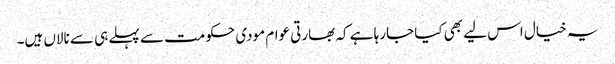
یہ خیال اس لیے بھی کیا جارہا ہے کہ بھارتی عوام مودی حکومت سے پہلے ہی سے نالاں ہیں۔